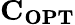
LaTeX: \mathbf{C_{OPT}}